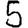
Digit: 5